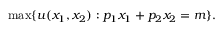
\operatorname* { m a x } \{ u ( x _ { 1 } , x _ { 2 } ) : p _ { 1 } x _ { 1 } + p _ { 2 } x _ { 2 } = m \} .